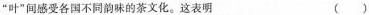
”叶”间感受各国不同韵味的茶文化。这表明 ( )